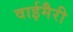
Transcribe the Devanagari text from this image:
वाईमैरी